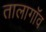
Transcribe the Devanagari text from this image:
तालागॉव